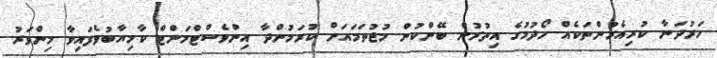
ހަރުދަނާ ކުރިއެރުންތަކެއް ހޯދުމުގެ އިތުރުން ބޭންކުން މުޖުތަމައަށް ކުރަމުންދާ އިންވެސްޓްމަންޓް ކާމިޔާބުވެފައިވާ މިންވަރު